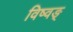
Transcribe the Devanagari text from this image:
विष्वङ्